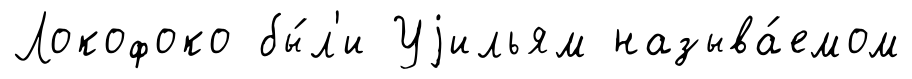
Локофоко бы́л'и Уjильям называ́емом